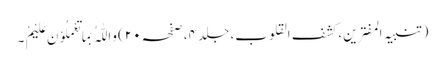
(تنبیہ المفترین، کشف القلوب، جلد ۴، صفحہ ۲۰) وَاللّٰہُ بِمَا تَعْمَلُوْنَ عَلِیْمْ ۔